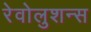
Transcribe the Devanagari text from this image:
रेवोलुशन्स